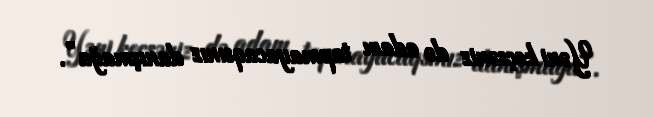
Yəni keçsəniz də adam tapmayacaqsınız danışmağa”.